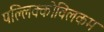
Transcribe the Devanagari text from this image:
पल्लिक्कोविलकम